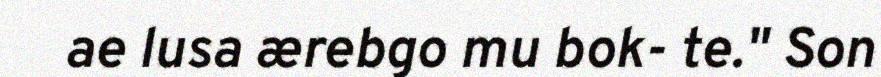
ae lusa ærebgo mu bok- te." Son